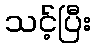
သင့်ပြီး